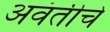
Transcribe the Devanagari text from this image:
अवंतीचे